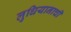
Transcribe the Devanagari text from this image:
लुधियानाची